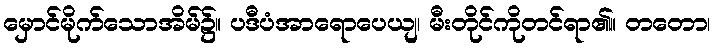
မှောင်မိုက်သောအိမ်၌။ ပဒီပံအာရောပေယျ၊ မီးတိုင်ကိုတင်ရာ၏။ တတော၊